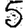
Digit: 5